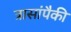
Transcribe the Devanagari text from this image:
त्रासांपैकी